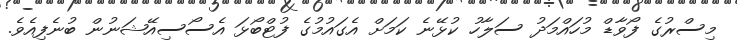
މިސްރުގެ ފޯވާޑް މުހައްމަދު ސަލާހު ކުޅޭނެ ކަމަށް އެގައުމުގެ ފުޓްބޯޅަ އެސޯސިއޭޝަނުން ބުނެފިއެވެ.